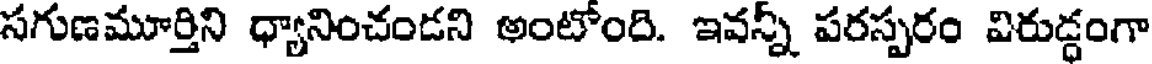
సగుణమూర్తిని ధ్యానించండని అంటోంది. ఇవన్నీ పరస్పరం విరుడ్ధంగా